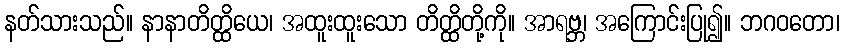
နတ်သားသည်။ နာနာတိတ္ထိယေ၊ အထူးထူးသော တိတ္ထိတို့ကို။ အာရဗ္ဘ၊ အကြောင်းပြု၍။ ဘဂဝတော၊